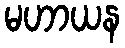
မဟာယန